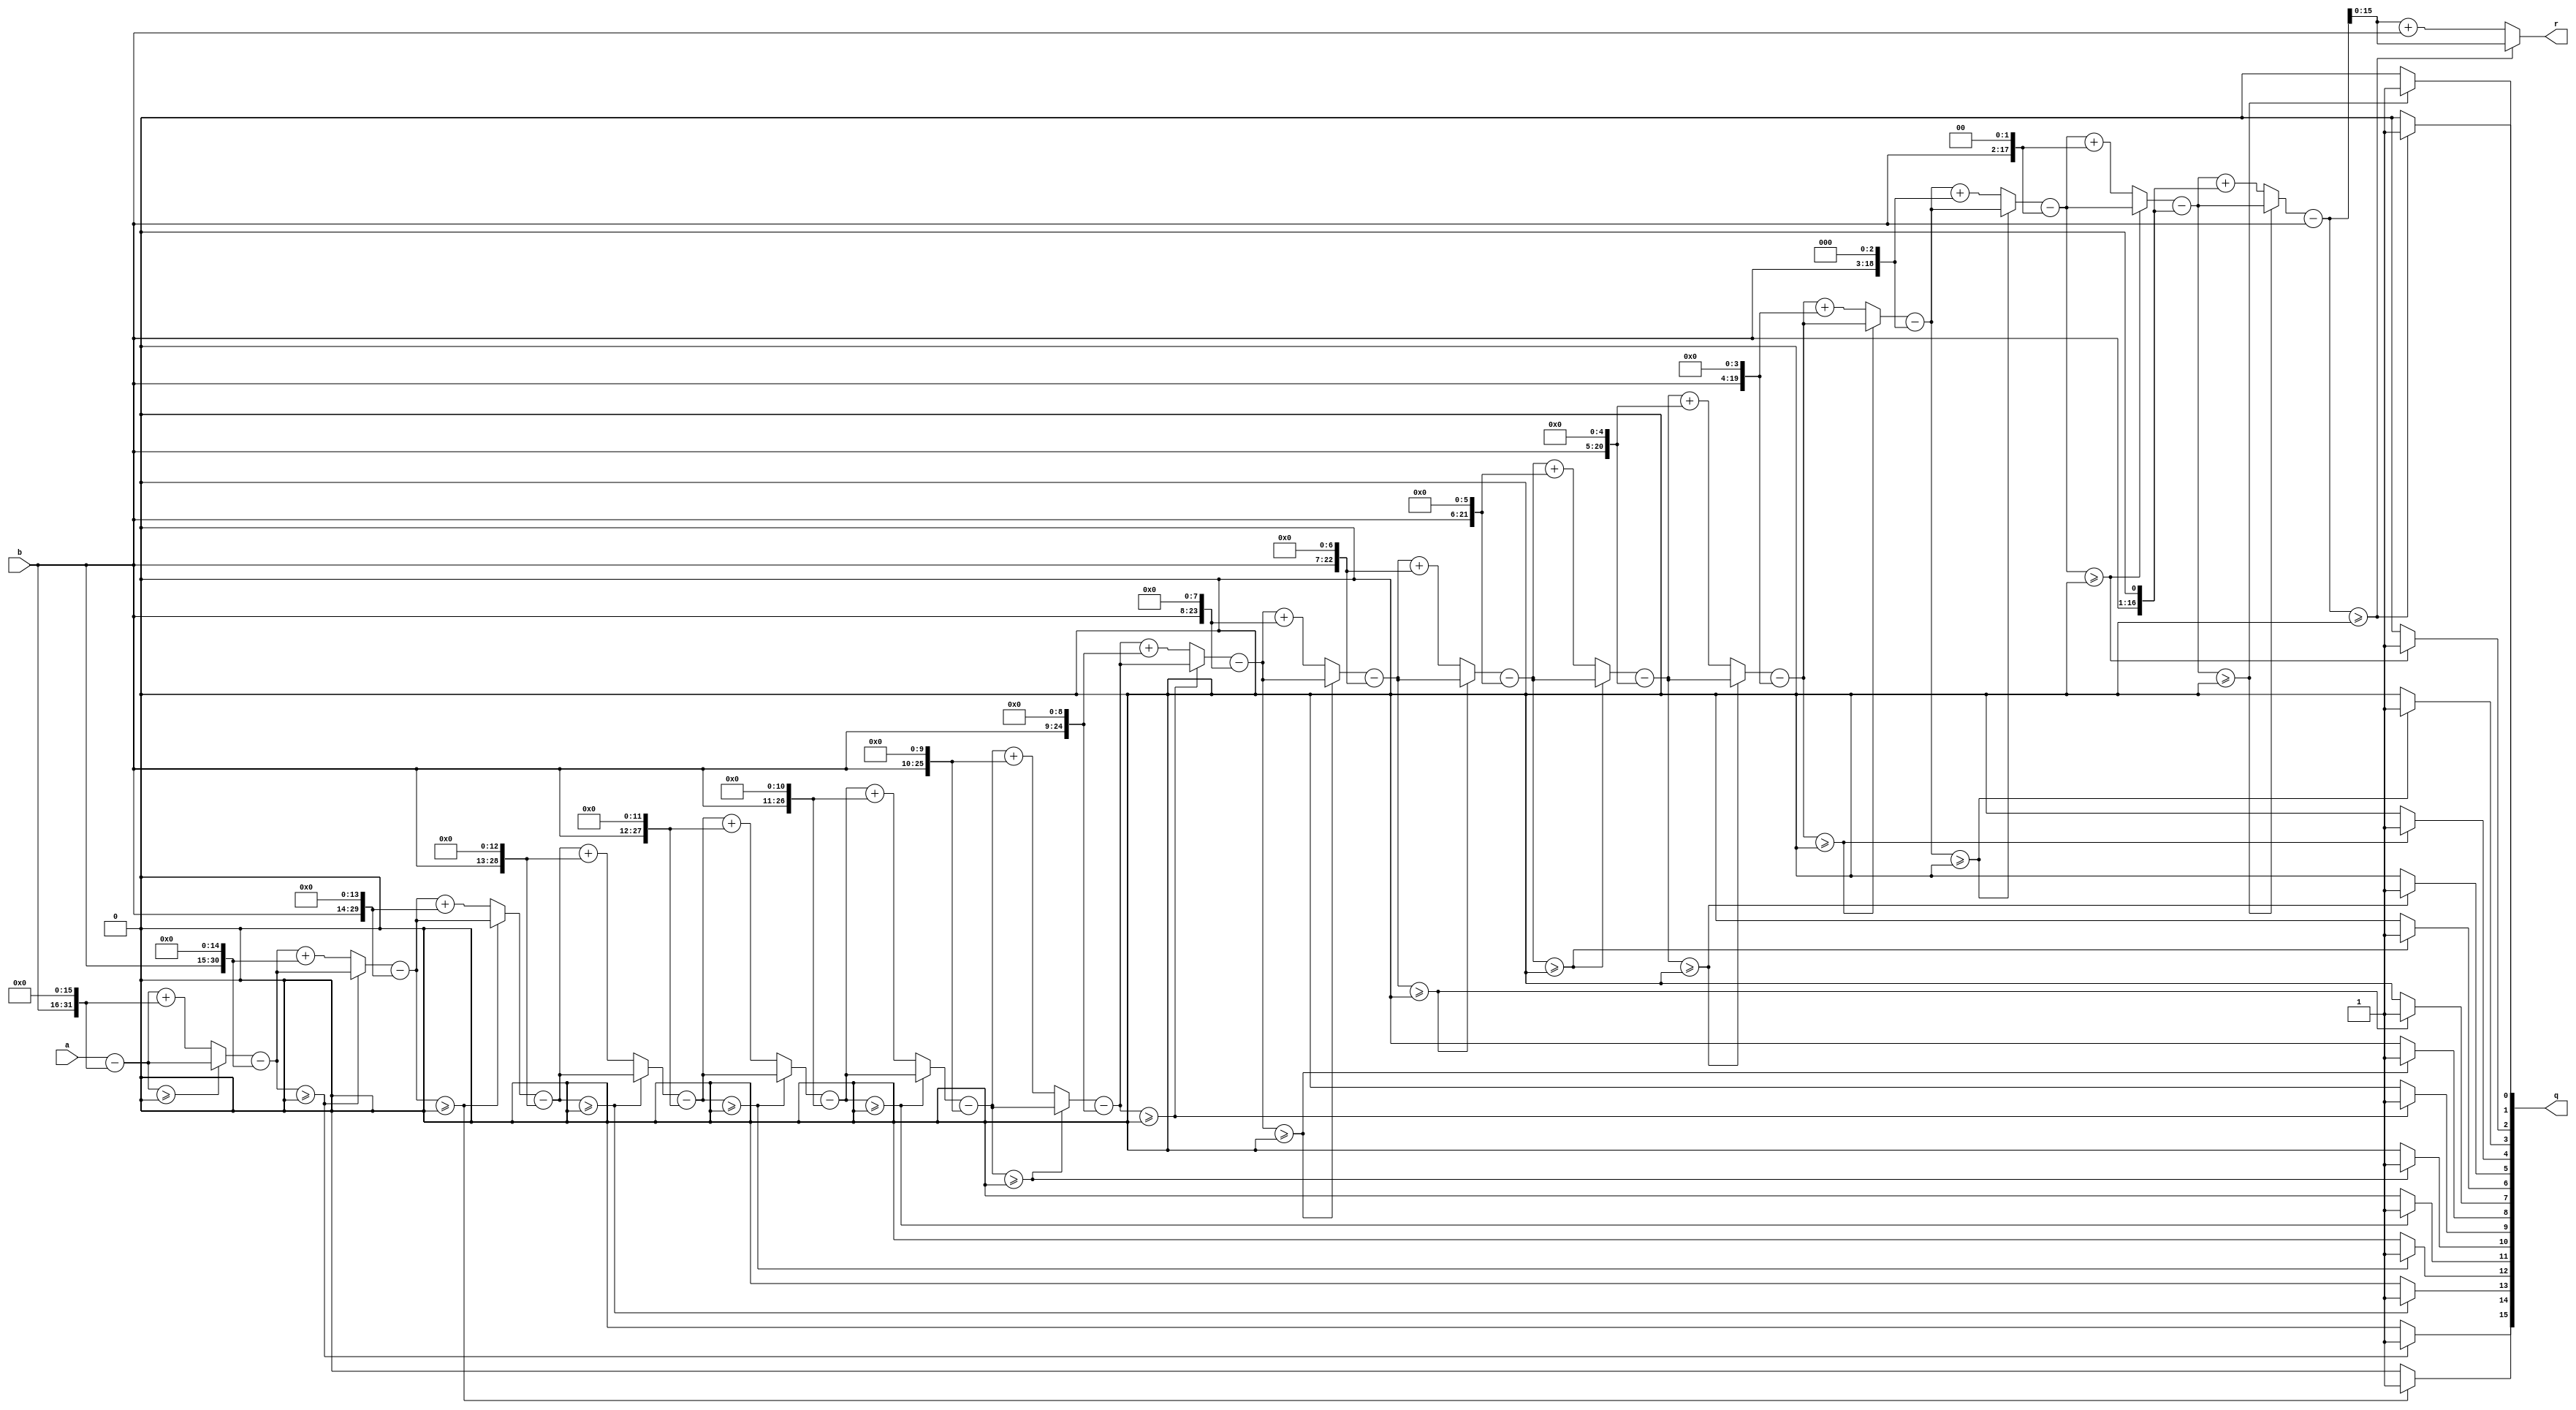
`timescale 1ns / 1ps
//////////////////////////////////////////////////////////////////////////////////
// Company: 
// Engineer: 
// 
// Design Name: 
// Module Name: divider
// Project Name: 
// Target Devices: 
// Tool Versions: 
// Description: 
// 
// Dependencies: 
// 
// Revision:
// Revision 0.01 - File Created
// Additional Comments:
// 
//////////////////////////////////////////////////////////////////////////////////


module divider(
    input [15:0] a,
    input [15:0] b,
    output reg [15:0] q,
    output reg [15:0] r
    );
    
integer i;
integer remainder;
reg [31:0] divisor;

always@*
begin
    remainder = a;
    divisor = { b, 16'b0 };
    q = 0;
    for (i = 0; i <= 16; i = i + 1)
    begin
        remainder = remainder - divisor;
        if (remainder >= 0)
        begin
            q = q << 1;
            q[0] = 1;
        end
        else
        begin
            remainder = remainder + divisor;
            q = q << 1;
            q[0] = 0;
        end
        divisor = divisor >> 1;
    end
    r = remainder;
end

endmodule